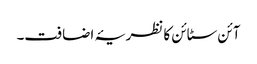
آئن سٹائن کا نظریۂ اضافت۔